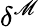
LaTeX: \delta^{\mathscr{M}}